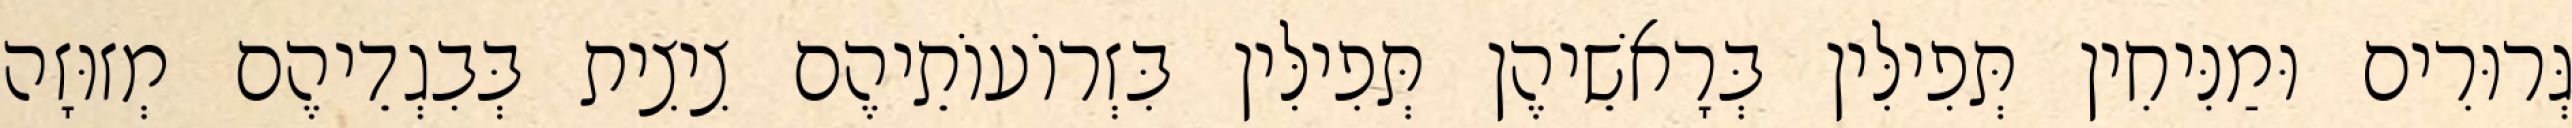
גְּרוּרִים וּמַנִּיחִין תְּפִילִּין בְּרָאשֵׁיהֶן תְּפִילִּין בִּזְרוֹעוֹתֵיהֶם צִיצִית בְּבִגְדֵיהֶם מְזוּזָה